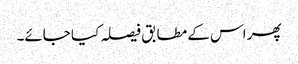
پھر اس کے مطابق فیصلہ کیا جائے۔